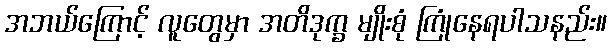
အဘယ်ကြောင့် လူတွေမှာ အတိဒုက္ခ မျိုးစုံ ကြုံနေရပါသနည်း။